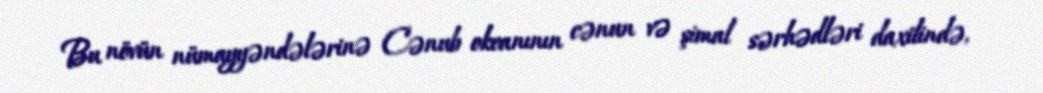
Bu növün nümayyəndələrinə Cənub okeanının cənun və şimal sərhədləri daxilində,